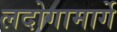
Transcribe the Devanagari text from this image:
लदोगामार्गे